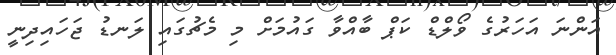
އަންނަ އަހަރުގެ ވޯލްޑް ކަޕް ބާއްވާ ގައުމަށް މި މެޗުގައި ލަނޑު ޖަހައިދިނީ